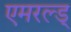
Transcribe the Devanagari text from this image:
एमरल्ड्